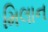
મિલાન